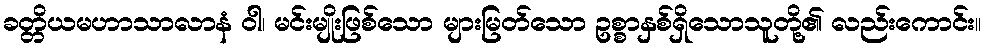
ခတ္တိယမဟာသာလာနံ ဝါ၊ မင်းမျိုးဖြစ်သော များမြတ်သော ဥစ္စာနှစ်ရှိသောသူတို့၏ လည်းကောင်း။